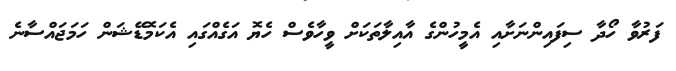
ފަރުވާ ހޯދާ ސިފައިންނަށާއި އެމީހުންގެ އާއިލާތަކަށް ވީހާވެސް ހެޔޮ އަގެއްގައި އެކަމޮޑޭޝަން ހަމަޖައްސާނެ